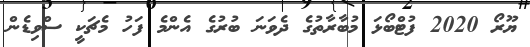
ޔޫރޯ 2020 ފުޓްބޯޅަ މުބާރާތުގެ ދެވަނަ ބުރުގެ އެންމެ ފަހު މެޗަކީ ސްވިޑެން